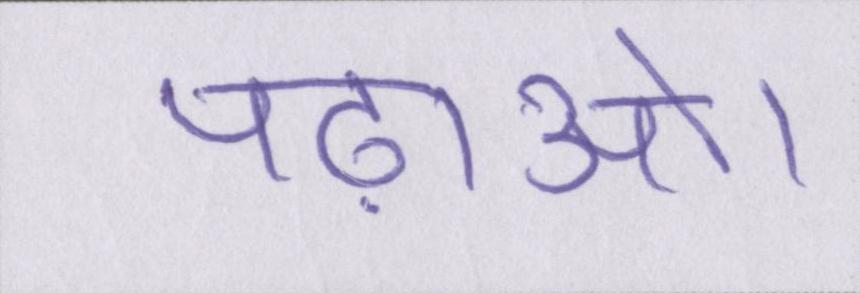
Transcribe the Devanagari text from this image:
पढ़ाओ।